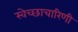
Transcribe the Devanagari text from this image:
स्वेच्छाचारिणी